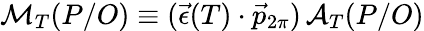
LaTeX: {\cal M}_{T}(P/O)\equiv(\vec{\epsilon}(T)\cdot\vec{p}_{2\pi})\, {\cal A}_{T}(P/O)